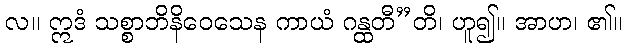
လ။ ဣဒံ သစ္စာဘိနိဝေသေန ကာယံ ဂန္ထတီ”တိ၊ ဟူ၍။ အာဟ၊ ၏။